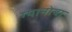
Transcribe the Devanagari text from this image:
ग्यानोबा